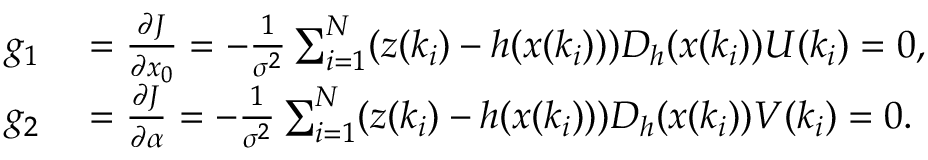
\begin{array} { r l } { g _ { 1 } } & { { } = \frac { \partial J } { \partial x _ { 0 } } = - \frac { 1 } { \sigma ^ { 2 } } \sum _ { i = 1 } ^ { N } ( z ( k _ { i } ) - h ( x ( k _ { i } ) ) ) D _ { h } ( x ( k _ { i } ) ) U ( k _ { i } ) = 0 , } \\ { g _ { 2 } } & { { } = \frac { \partial J } { \partial \alpha } = - \frac { 1 } { \sigma ^ { 2 } } \sum _ { i = 1 } ^ { N } ( z ( k _ { i } ) - h ( x ( k _ { i } ) ) ) D _ { h } ( x ( k _ { i } ) ) V ( k _ { i } ) = 0 . } \end{array}